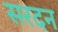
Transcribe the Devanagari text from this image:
सरदन